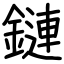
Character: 鏈